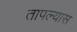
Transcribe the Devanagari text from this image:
तापल्यास